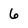
Character: 6